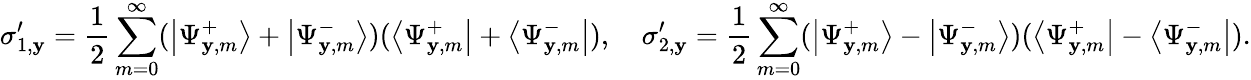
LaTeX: \sigma_{1,\mathbf{y}}^{\prime}=\frac{{1}}{{2}}\sum_{m=0}^{\infty}(\left|\Psi_{\mathbf{y},m}^{+}\right>+\left|\Psi_{\mathbf{y},m}^{-}\right>)(\left<\Psi_{\mathbf{y},m}^{+}\right|+\left<\Psi_{\mathbf{y},m}^{-}\right|),\quad\sigma_{2,\mathbf{y}}^{\prime}=\frac{{1}}{{2}}\sum_{m=0}^{\infty}(\left|\Psi_{\mathbf{y},m}^{+}\right>-\left|\Psi_{\mathbf{y},m}^{-}\right>)(\left<\Psi_{\mathbf{y},m}^{+}\right|-\left<\Psi_{\mathbf{y},m}^{-}\right|).